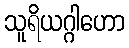
သူရိယဂ္ဂါဟော